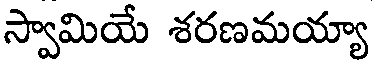
స్వామియే శరణమయ్యా